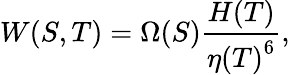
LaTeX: {W(S,T)={\Omega(S){\frac{H(T)}{{\eta(T)}^{6}}}}},